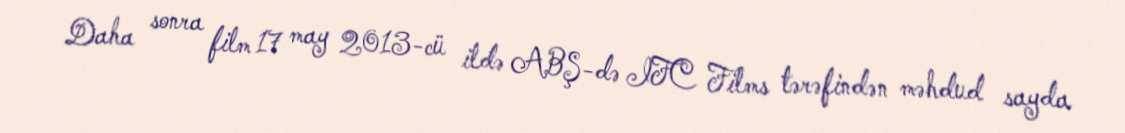
Daha sonra film 17 may 2013-cü ildə ABŞ-də IFC Films tərəfindən məhdud sayda